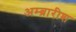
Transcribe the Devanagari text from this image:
अम्ब्रारीश